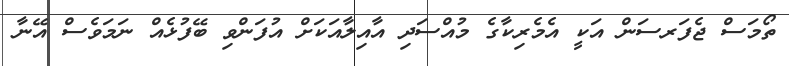
ތޯމަސް ޖެފަރސަން އަކީ އެމެރިކާގެ މުއްސަދި އާއިލާއަކަށް އުފަންވި ބޭފުޅެއް ނަމަވެސް އޭނާ